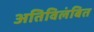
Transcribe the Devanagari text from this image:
अतिविलंबित